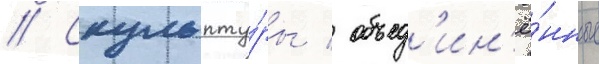
// Скульпту́ры / объед'ин'ё́нные